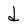
Character: d